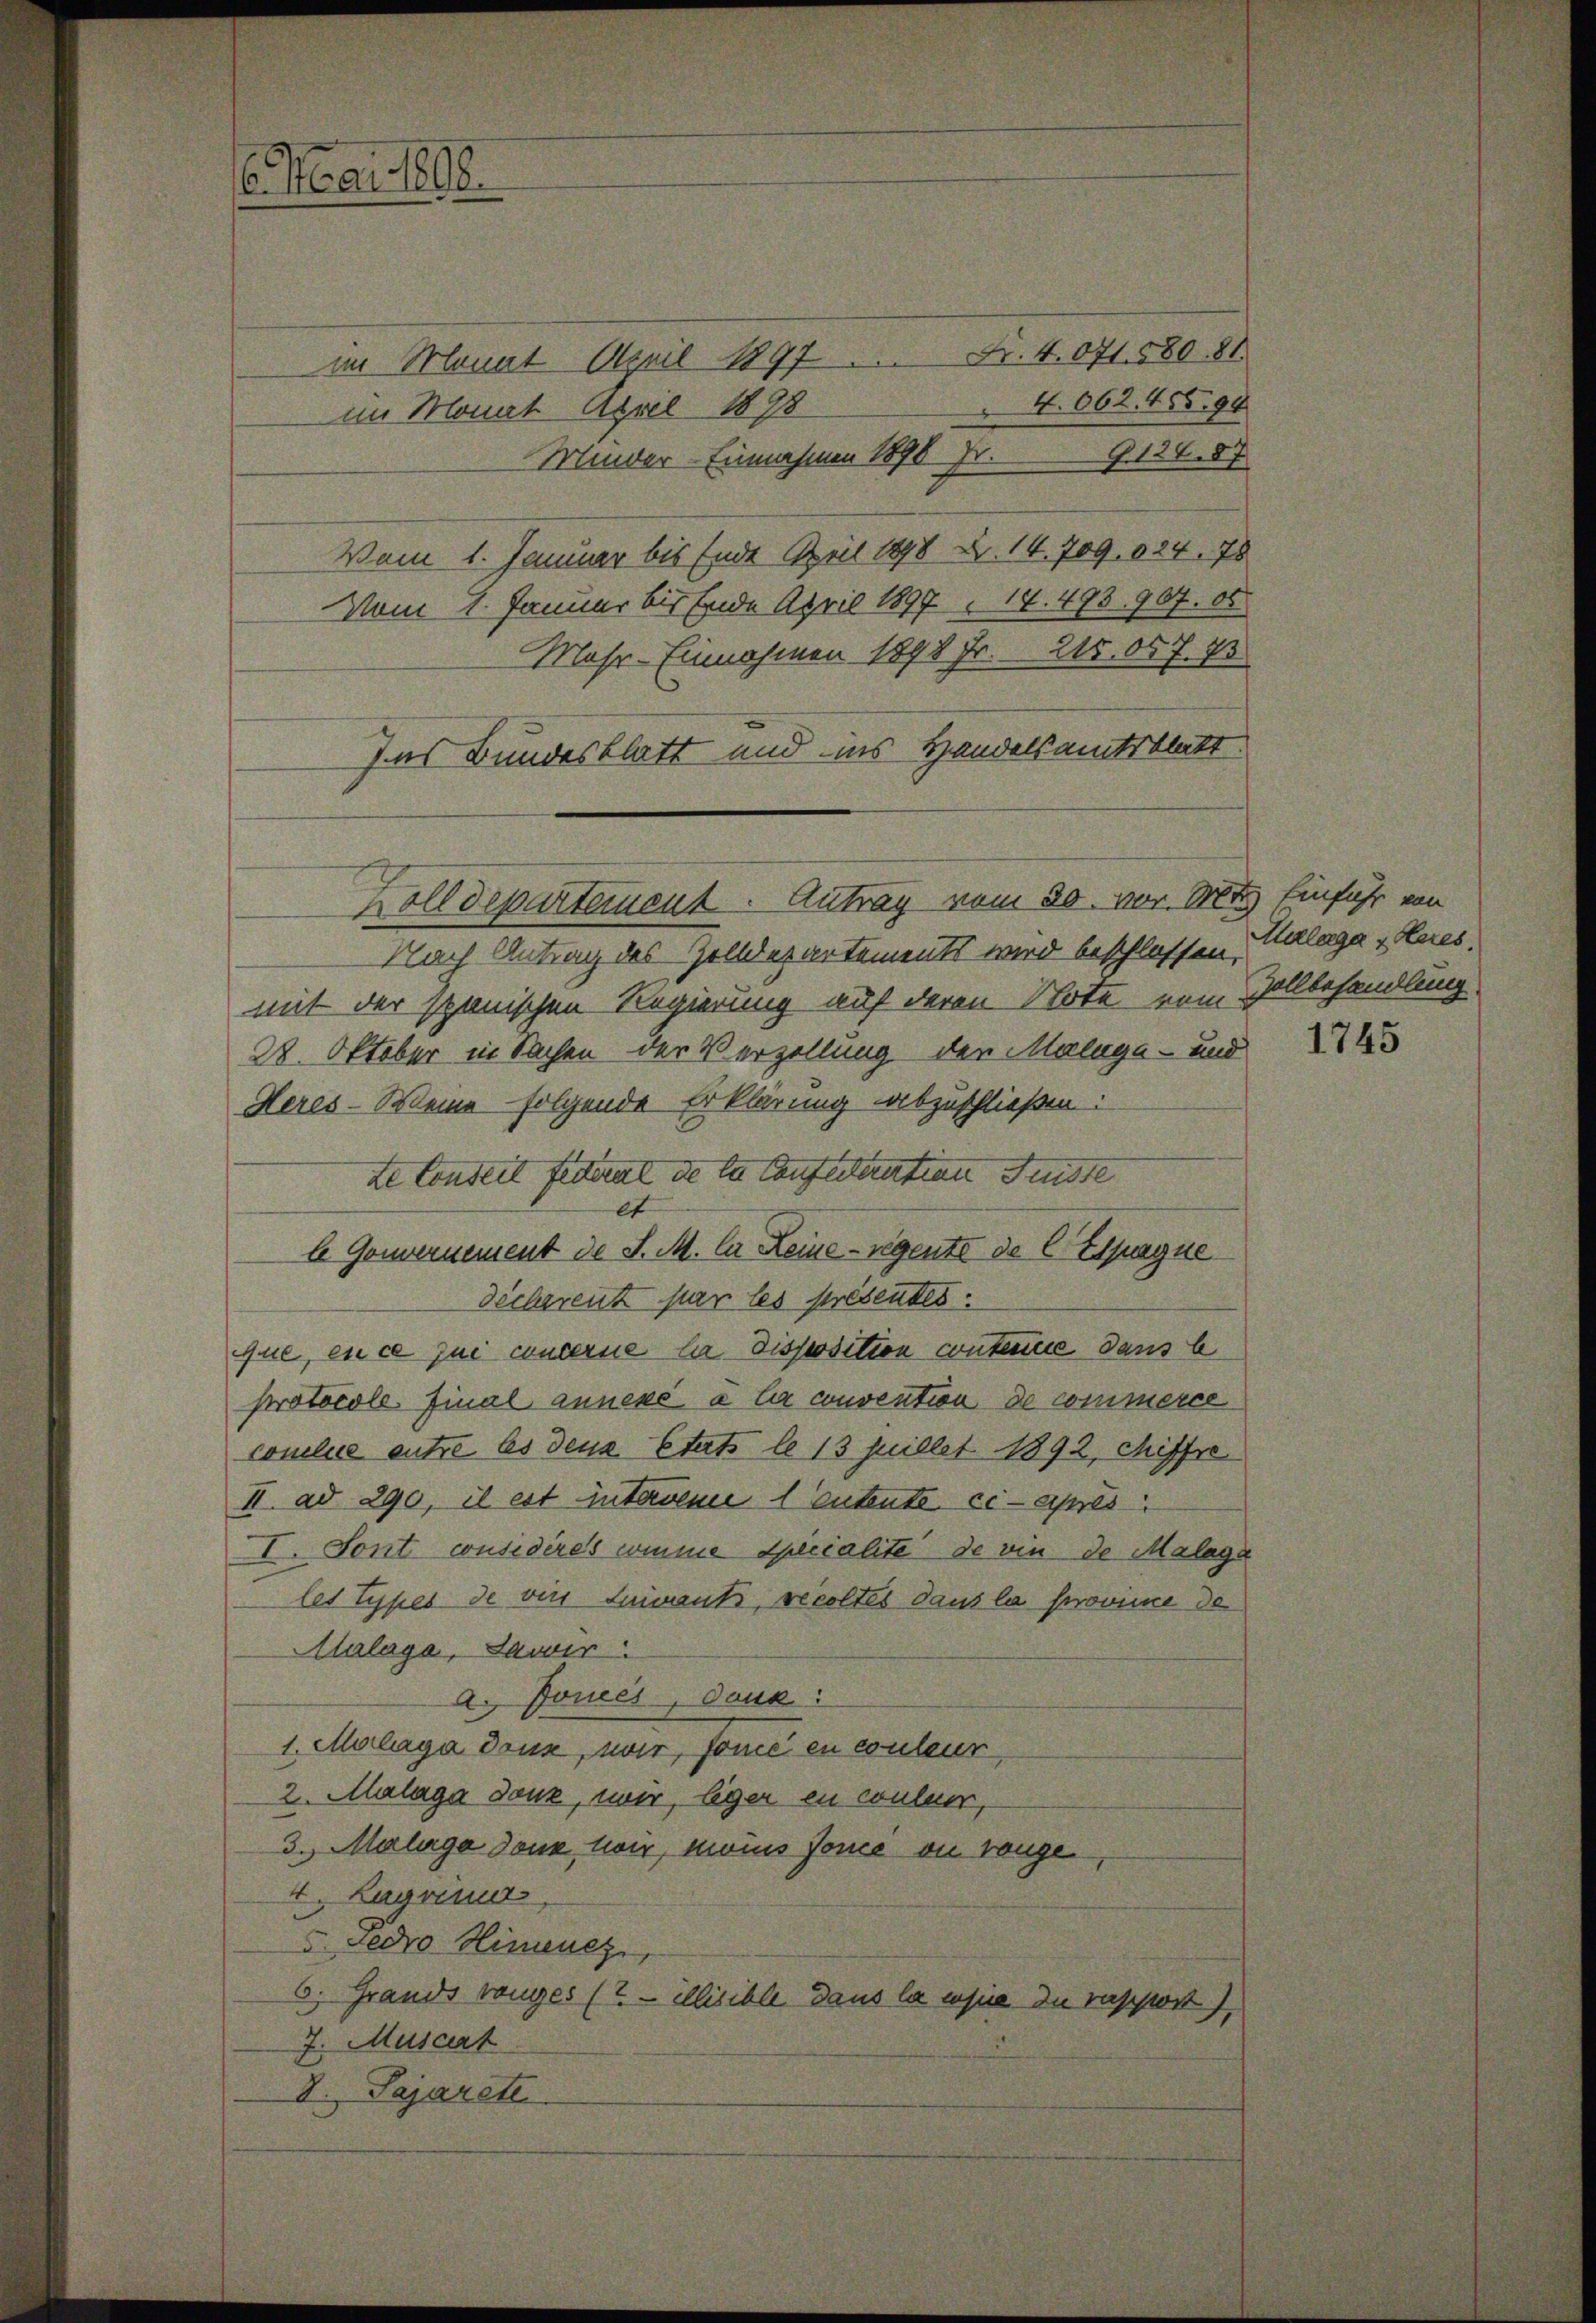
6. Mai 1808.

im Monat April 1897 Nr. 4071. 580. 81
4. 662. 455. 90
im Monat April 1878
Z. 124. 87
Minder-Einnahmen 1890 Fr.
Vom 1. Januar bis Ende April 1898 u. 14. 709. 624. 78
Vom 1. Januar bis Ende April 1897. 19. 493. 907. ob
Mahr-Einnahmen 1898 Fr. 215. 057. 73
Ins Bundesblatt und ins Handelsamtsblatt
Dolldepartement. Antrag vom 30. vor. Mt. Einfuhr von
Nach Antrag des Zolldepartements wird beschlossen Malage „Heres.
mit der Spanischen Regierung auf deren Note vom Vollbehandlung
28. Oktober in Sachen der Verzellung der Maluga - und
Heres-Weine folgende Erklärung abzuschließen:
te Conseit federat de la Conflistration Friste
et
l Gouvernement de d. M. li Keine regente de C Espagne
Decherent par les presentes.
qque, en ce qui concerne la disposition contenue dans l
protocoll. Final annexé à la convention de commerce
conclus entre les deus Etats le 13 Juillet 1892, Misfre
II. ad 290, il est interren 1 Entente ci-après
I. Sont considères comme Specialite de vie de Malage
les Types de von Imments, recoltes dans la provime de
Alrlage, Lawir
a. Jonces, dann:
1. Malaga donn, wir, foncé en conteur,
2. Malaga Tanz, wir, leger in wilder,
3. Malige dann wir, moins Jonce ou range,
4. Hagener
Fedro Himenez
6. Grands ranges (? — Ellisible dans la sie du rapport)
7. Musciat
I. Pajarett

1745